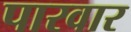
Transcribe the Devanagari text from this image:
पारवार